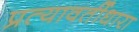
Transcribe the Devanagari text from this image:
प्रत्यावर्तीधारा